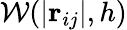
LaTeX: \mathcal{W}(\left|\mathbf{{r}}_{ij}\right|,h)